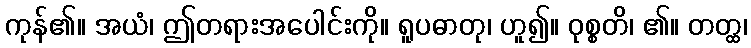
ကုန်၏။ အယံ၊ ဤတရားအပေါင်းကို။ ရူပဓာတု၊ ဟူ၍။ ဝုစ္စတိ၊ ၏။ တတ္ထ၊